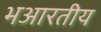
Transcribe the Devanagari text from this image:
भआरतीय